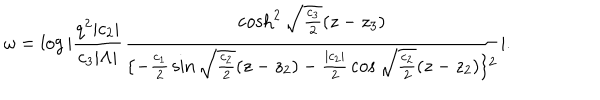
\omega = \log | { \frac { q ^ { 2 } | c _ { 2 } | } { c _ { 3 } | \Lambda | } } { \frac { \cosh ^ { 2 } \sqrt { \frac { c _ { 3 } } { 2 } } ( z - z _ { 3 } ) } { \{ - { \frac { c _ { 1 } } { 2 } } \sin \sqrt { \frac { c _ { 2 } } { 2 } } ( z - z _ { 2 } ) - { \frac { | c _ { 2 } | } { 2 } } \cos \sqrt { \frac { c _ { 2 } } { 2 } } ( z - z _ { 2 } ) \} ^ { 2 } } } | .